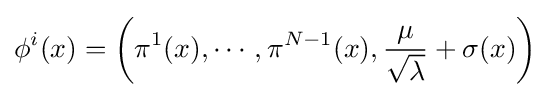
\phi ^{i}(x)=\left(\pi ^{1}(x),\cdots ,\pi ^{N-1}(x),{\frac {\mu }{\sqrt {\lambda }}}+\sigma (x)\right)